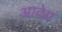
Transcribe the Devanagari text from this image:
आदेय